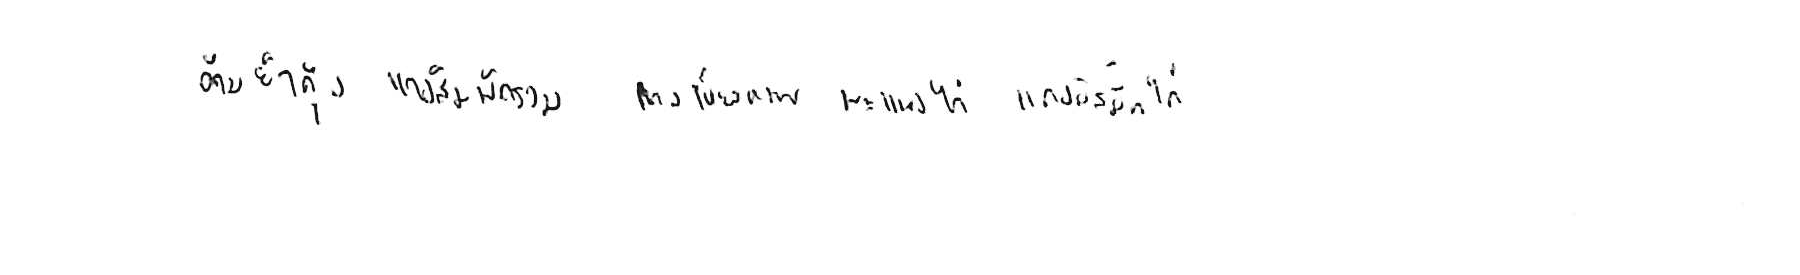
ต้มยำกุ้ง แกงส้มผักรวม แกงเขียวหวาน พะแนงไก่ แกงมัสมั่นไก่